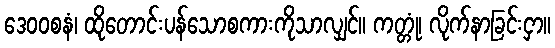
ဒေဝဝစနံ၊ ထိုတောင်းပန်သောစကားကိုသာလျှင်။ ကတ္တုံ၊ လိုက်နာခြင်းငှာ။